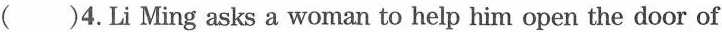
( )4.Li Ming asks a woman to help him open the door of